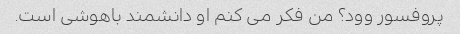
پروفسور وود؟ من فکر می کنم او دانشمند باهوشی است.